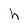
Character: h